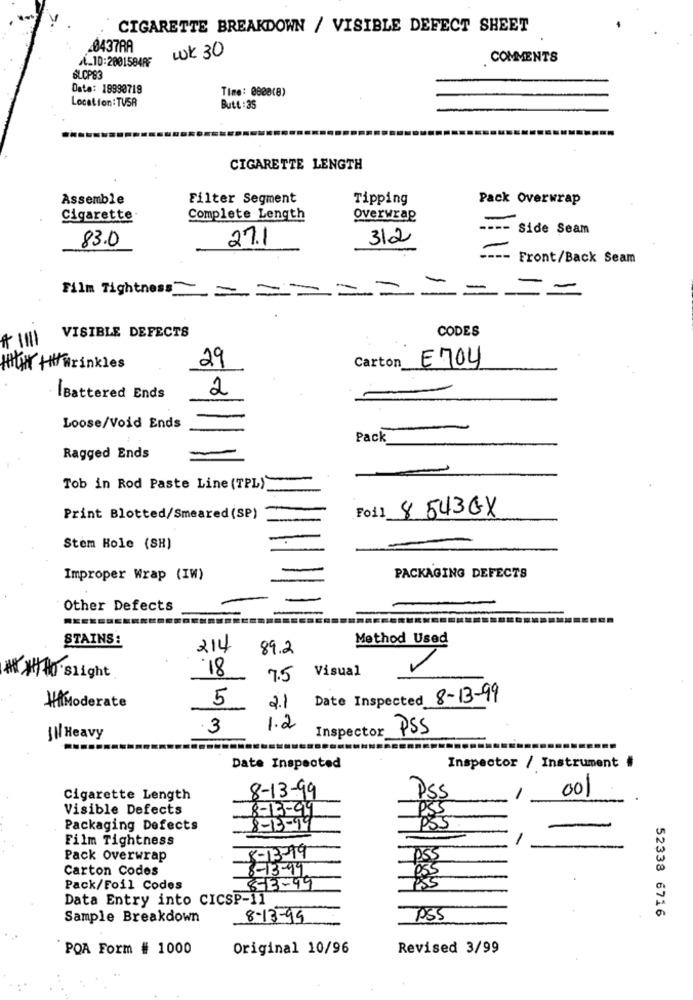
CIGARETTE BREAKDOWN / VISIBLE DEFECT SHEET
0437RA
wk 30
A_ID:2001584PF
COMMENTS
SLOP83
Date: 18990719
Time: 0800(8)
Location: TUSR
Butt :35
CIGARETTE LENGTH
Assemble
Filter Segment
Tipping
Pack Overwrap
Cigarette
Complete Length
Overwrap
---- Side Seam
83.0
27.1
312
Front/Back Seam
Film Tightness ===
VISIBLE DEFECTS
CODES
* 1111
E704
HHAT THY Wrinkles
29
Carton
2
İBattered Ends
Loose/Void Ends
Pack
Ragged Ends
Tob in Rod Paste Line (TPL)
Foil 8 5430X
Print Blotted/Smeared (SP)
Stem Hole (SH)
Improper Wrap (IW)
PACKAGING DEFECTS
Other Defects
STAINS:
Method Used
214
89.2
18
Visual
*** 10 slight
7.5
5
Date Inspected 8-13-99
HiModerate
2.1
.3
1.2
Inspector
PSS
JI/ Heavy
Date Inspected
Inspector / Instrument #
8-13-99
1
Cigarette Length
001
Visible Defects
Packaging Defects
-
Film Tightness
Pack Overwrap
8-13-19
Carton Codes
8-13-99
Pack/Foil Codes
8-3-99
Data Entry into CICSP-11
52338 6716
Sample Breakdown
8-13-99
PSS
POA Form # 1000
Original 10/96
Revised 3/99